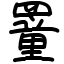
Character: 罿